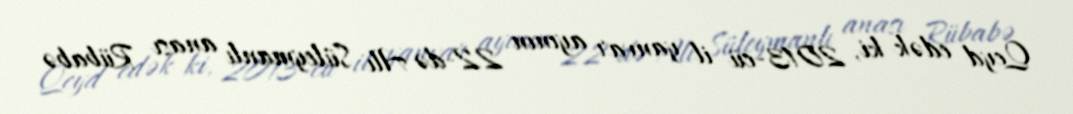
Qeyd edək ki, 2013-cü il yanvar ayının 22-də Alı Süleymanlı anası Rübabə